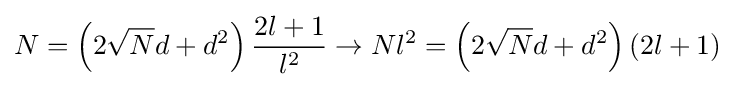
N=\left(2{\sqrt {N}}d+d^{2}\right){\frac {2l+1}{l^{2}}}\to Nl^{2}=\left(2{\sqrt {N}}d+d^{2}\right)\left(2l+1\right)